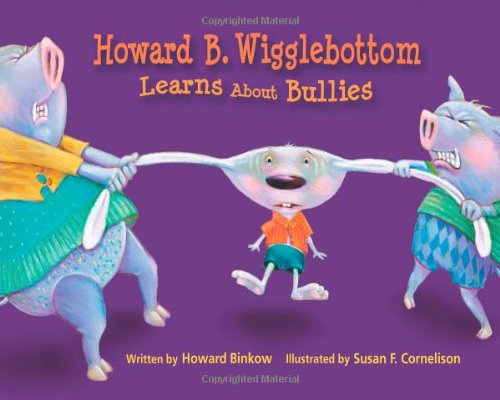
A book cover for Howard B. Wigglebottom Learns About Bullies; Howard Binkow; Children's Books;